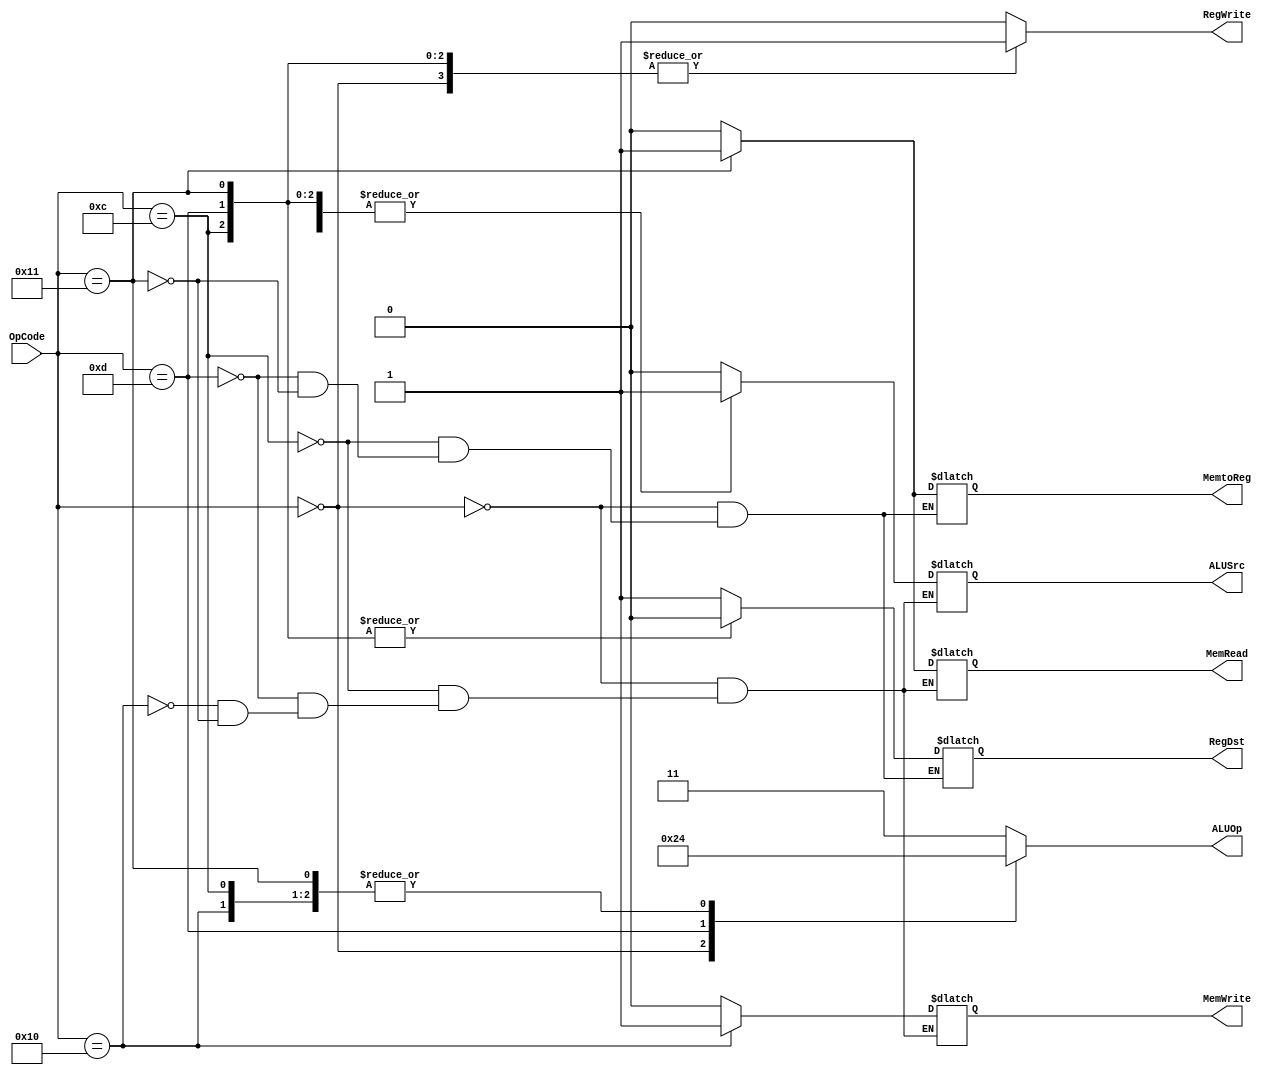
`define R_format            6'b000000
`define Add_imm_unsigned    6'b001100
`define Sub_imm_unsigned    6'b001101
`define Store_word          6'b010000
`define Load_word           6'b010001

module Control(
    //output
    output reg RegWrite,
    output reg[1:0]ALUOp,
    output reg RegDst,
    output reg ALUSrc,
    output reg MemWrite,
    output reg MemRead,
    output reg MemtoReg,
    //input
    input [5:0]OpCode
);

always@(OpCode)begin
    case(OpCode)
        `R_format: begin
            RegWrite <= 1;
            MemWrite <= 0;
            MemRead <= 0;
            ALUSrc <= 0;
            RegDst <= 1;
            MemtoReg <= 0;
            ALUOp <= 2'b10;
        end
        `Add_imm_unsigned: begin
            RegWrite <= 1;
            MemWrite <= 0;
            MemRead <= 0;
            RegDst <= 0;
            ALUSrc <= 1;
            MemtoReg <= 0;
            ALUOp <= 2'b00;
        end
        `Sub_imm_unsigned: begin
            RegWrite <= 1;
            MemWrite <= 0;
            MemRead <= 0;
            RegDst <= 0;
            ALUSrc <= 1;
            MemtoReg <= 0;
            ALUOp <= 2'b01;
        end
        `Store_word: begin
            RegWrite <= 0;
            MemWrite <= 1;
            MemRead <= 0;
            ALUSrc <= 1;
            ALUOp <= 2'b00;
        end
        `Load_word: begin
            RegWrite <= 1;
            MemWrite <= 0;
            MemRead <= 1;
            RegDst <= 0;
            ALUSrc <= 1;
            MemtoReg <= 1;
            ALUOp <= 2'b00;
        end
        default:begin
            RegWrite <= 0;
            ALUOp <= 2'b11;
        end
    endcase
end
endmodule